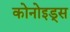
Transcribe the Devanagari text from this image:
कोनोइड्स